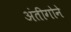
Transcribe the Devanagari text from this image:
अंतीगोने